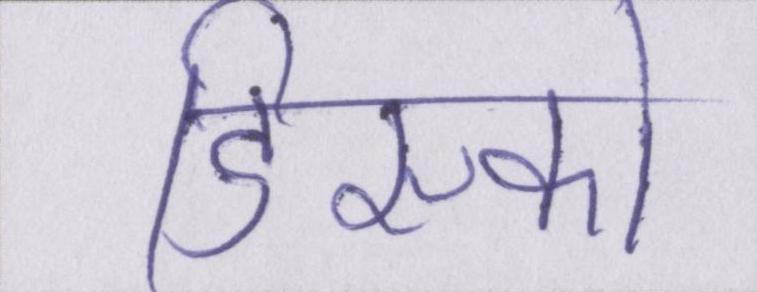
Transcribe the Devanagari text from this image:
डिस्को